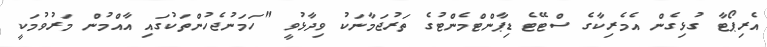
އެރިޕޯޓާ ގުޅިގެން އެމެރިކާގެ ސްޓޭޓެ ޑިޕާންޓްމެންޓުގެ ތަރުޖަމާނަކު ވިދާޅުވީ "ހަމަނުޖެހުންތަކުގައި އާއްމުން މަރުވުމަކީ